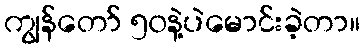
ကျွန်တော် ၅၀နဲ့ပဲမောင်းခဲ့တာ။